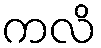
ကလိ